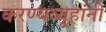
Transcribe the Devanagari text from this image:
करण्यव्यूहांनी